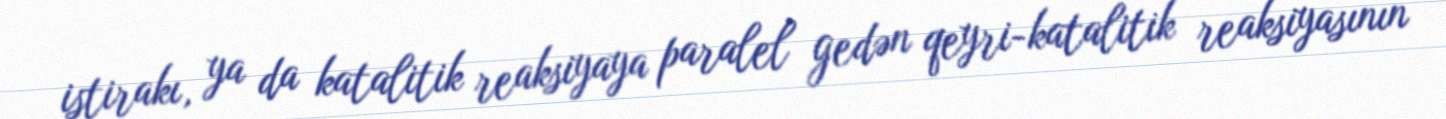
iştirakı, ya da katalitik reaksiyaya paralel gedən qeyri-katalitik reaksiyasının